Vaccination returns of the Province of Eastern Bengal and Assam - 1905-1912
Year: 1905
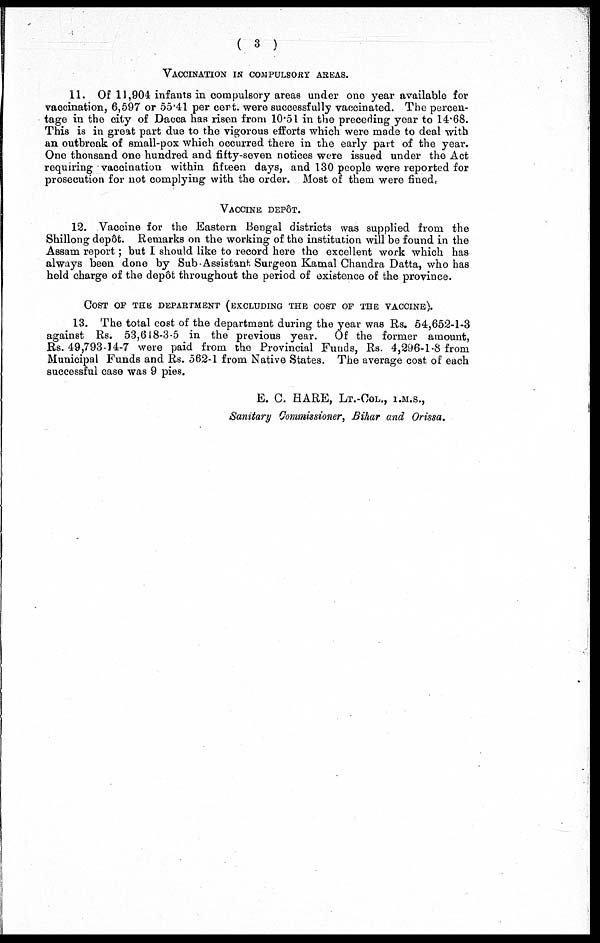
( 3 )
VACCINATION IN COMPULSARY AREAS.
11. Of 11,904 infants in compulsory areas under one year available for
vaccination, 6,597 or 55.41 per cert. were successfully vaccinated. The percen-
tage in the city of Dacca has risen from 10.51 in the preceding year to 14.68.
This is in great part due to the vigorous efforts which were mode to deal with
an outbreak of small-pox which occurred there in the early part of the year.
One thousand one hundred and fifty-seven notices were issued under the Act
requiring vaccination within fifteen days, and 130 people wore reported for
prosecution for not complying with the order. Most of them were fined,
VACCINE DEPÔT.
12. Vaccine for the Eastern Bengal districts was supplied from the
Shillong depôt. Remarks on the working of the institution will be found in the
Assam report; but I should like to record here the excellent work which has
always been done by Sub Assistant Surgeon Kamal Chandra Datta, who has
held charge of the depôt throughout the period of existence of the province.
COST OF THE DEPARTMENT (EXCLUDING THE COST OF THE VACCINE).
13. The total cost of the department during the year was Rs. 54,652-1-3
against Rs. 53,618-3-5 in the previous year.
Of the former amount,
Rs. 49,793-14-7 were paid from the Provincial Funds, Rs. 4,296-1-8 from
Municipal Funds and Rs. 562-1 from Native States. The average cost of each
successful case was 9 pies.
E. C. HARE, LT.-COL., I.M.S.,
Sanitary Commissioner, Bihar and Orissa.